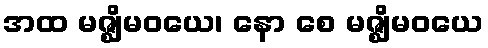
အထ မဇ္ဈိမဝယေ၊ နော စေ မဇ္ဈိမဝယေ